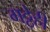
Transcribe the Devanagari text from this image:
गठ्ठेही